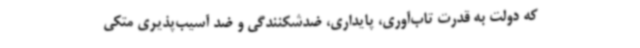
که دولت به قدرت تاب‌آوری، پایداری، ضدشکنندگی و ضد آسیب‌پذیری متکی